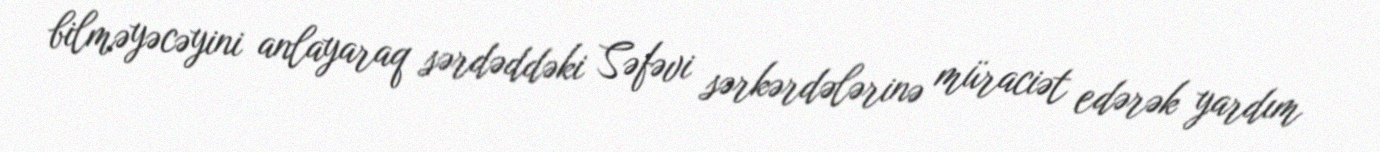
bilməyəcəyini anlayaraq sərdəddəki Səfəvi sərkərdələrinə müraciət edərək yardım